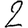
Digit: 2